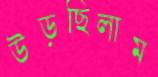
উড়ছিলাম